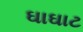
ઘાઘાટ